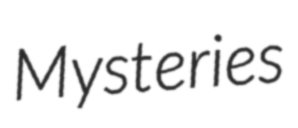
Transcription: Mysteries